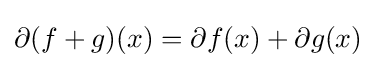
\partial (f+g)(x)=\partial f(x)+\partial g(x)